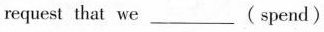
request that we ___ (spend)